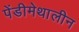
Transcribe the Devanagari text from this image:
पेंडीमेथालीन